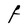
Character: F